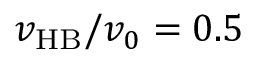
v _ { \mathrm { H B } } / v _ { 0 } = 0 . 5